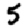
Digit: 5